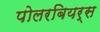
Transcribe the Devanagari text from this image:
पोलरबियर्स